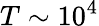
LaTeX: T\sim 10^{4}